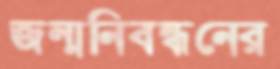
জন্মনিবন্ধনের